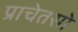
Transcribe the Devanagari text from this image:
प्राचेतसो